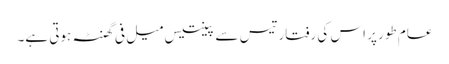
عام طور پر اس کی رفتار تیس سے پینتیس میل فی گھنٹہ ہوتی ہے۔